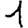
Digit: 1